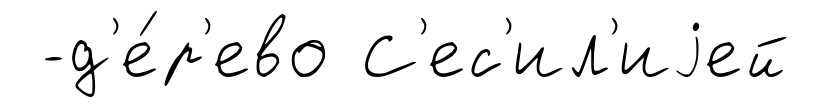
-д'е́р'ево С'ес'ил'иjей